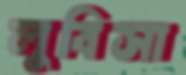
লুবিসা